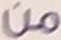
من